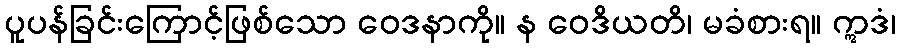
ပူပန်ခြင်းကြောင့်ဖြစ်သော ဝေဒနာကို။ န ဝေဒိယတိ၊ မခံစားရ။ ဣဒံ၊